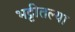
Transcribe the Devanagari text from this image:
भट्टीतल्या